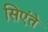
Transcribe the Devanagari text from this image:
सिएंते